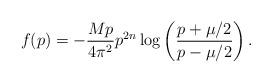
LaTeX: \begin{align*}f(p)=-\frac{Mp}{4 \pi^2} {p^{2n}}\log \left(\frac{p+\mu/2}{p-\mu/2}\right).\end{align*}